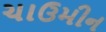
ચાઉમીન